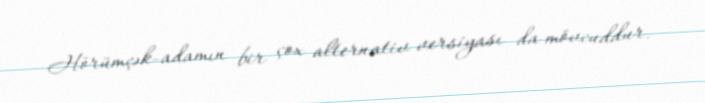
Hörümçək-adamın bir çox alternativ versiyası da mövcuddur.